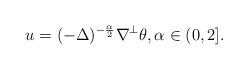
\begin{align*}u = (- \Delta )^{-\frac{\alpha}{2}} \nabla^\perp \theta, \alpha \in (0, 2].\end{align*}